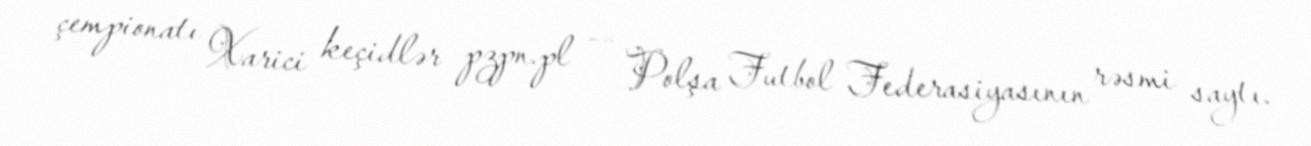
çempionatı Xarici keçidlər pzpn.pl — Polşa Futbol Federasiyasının rəsmi saytı.